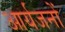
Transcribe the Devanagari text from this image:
आर्यजनों